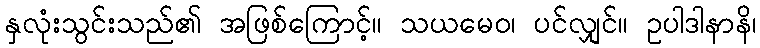
နှလုံးသွင်းသည်၏ အဖြစ်ကြောင့်။ သယမေဝ၊ ပင်လျှင်။ ဥပါဒါနာနိ၊